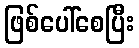
ဖြစ်ပေါ်စေပြီး